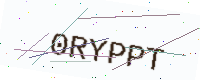
Text: 0RYPPT